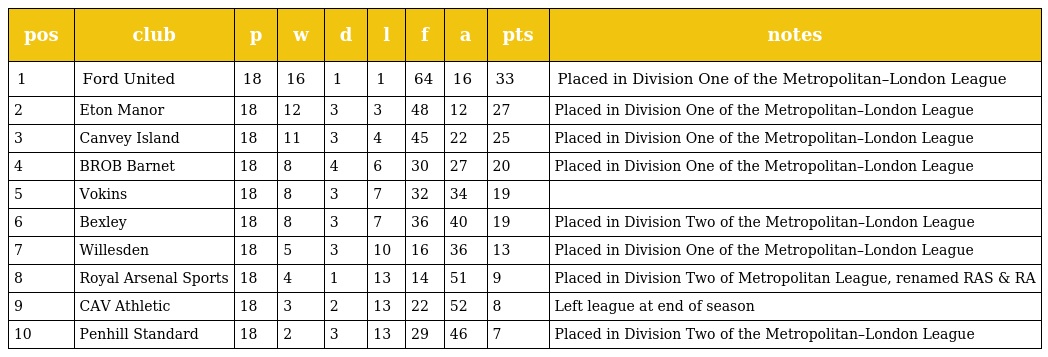
| pos | club | p | w | d | l | f | a | pts | notes |
 | --- | --- | --- | --- | --- | --- | --- | --- | --- | --- |
 | 1 | Ford United | 18 | 16 | 1 | 1 | 64 | 16 | 33 | Placed in Division One of the Metropolitan–London League |
 | 2 | Eton Manor | 18 | 12 | 3 | 3 | 48 | 12 | 27 | Placed in Division One of the Metropolitan–London League |
 | 3 | Canvey Island | 18 | 11 | 3 | 4 | 45 | 22 | 25 | Placed in Division One of the Metropolitan–London League |
 | 4 | BROB Barnet | 18 | 8 | 4 | 6 | 30 | 27 | 20 | Placed in Division One of the Metropolitan–London League |
 | 5 | Vokins | 18 | 8 | 3 | 7 | 32 | 34 | 19 |  |
 | 6 | Bexley | 18 | 8 | 3 | 7 | 36 | 40 | 19 | Placed in Division Two of the Metropolitan–London League |
 | 7 | Willesden | 18 | 5 | 3 | 10 | 16 | 36 | 13 | Placed in Division One of the Metropolitan–London League |
 | 8 | Royal Arsenal Sports | 18 | 4 | 1 | 13 | 14 | 51 | 9 | Placed in Division Two of Metropolitan League, renamed RAS & RA |
 | 9 | CAV Athletic | 18 | 3 | 2 | 13 | 22 | 52 | 8 | Left league at end of season |
 | 10 | Penhill Standard | 18 | 2 | 3 | 13 | 29 | 46 | 7 | Placed in Division Two of the Metropolitan–London League |